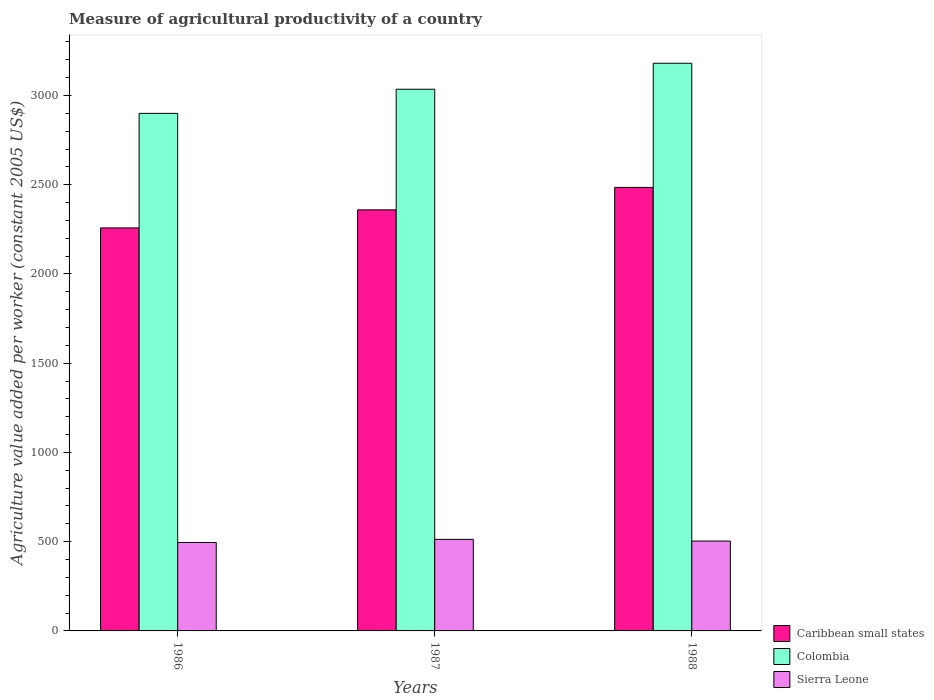
| Years | Caribbean small states | Colombia | Sierra Leone |
 | --- | --- | --- | --- |
 | 1986 | 2.26e+03 | 2.9e+03 | 496 |
 | 1987 | 2.36e+03 | 3.03e+03 | 513 |
 | 1988 | 2.48e+03 | 3.18e+03 | 503 |